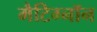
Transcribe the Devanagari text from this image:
मैटिग्नॉन